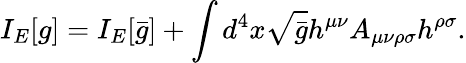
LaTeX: I_{E}[g]=I_{E}[\bar{g}]+\int d^{4}x\sqrt{\bar{g}}h^{\mu\nu}A_{\mu\nu\rho\sigma}h^{\rho\sigma}.